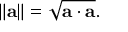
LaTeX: \left\| \mathbf { a } \right\| = { \sqrt { \mathbf { a } \cdot \mathbf { a } } } .